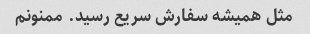
مثل همیشه سفارش سریع رسید. ممنونم